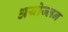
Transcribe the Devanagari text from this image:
अयोज्लन